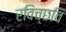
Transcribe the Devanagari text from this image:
रविच्छवि